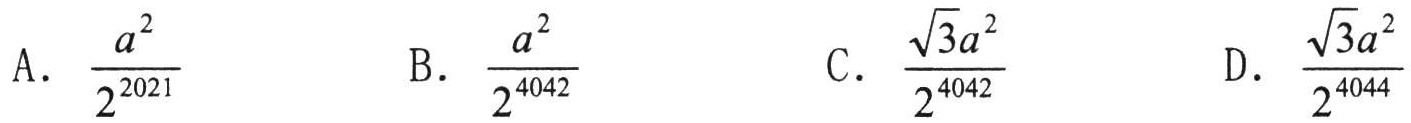
A. \(\frac{a^{2}}{2^{2021}}\)  B. \(\frac{a^{2}}{2^{4042}}\)  C. \(\frac{\sqrt{3}a^{2}}{2^{4042}}\)  D. \(\frac{\sqrt{3}a^{2}}{2^{4044}}\)